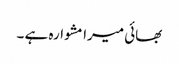
بھائی میرا مشوارہ ہے ۔